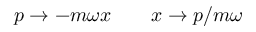
p \rightarrow - m \omega x \qquad x \rightarrow p / m \omega